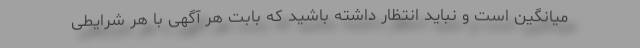
میانگین است و نباید انتظار داشته باشید که بابت هر آگهی با هر شرایطی